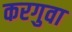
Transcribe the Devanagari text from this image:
करगुवा